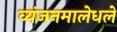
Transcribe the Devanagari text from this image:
व्यंजनमालेधले